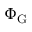
\Phi _ { \mathrm { { G } } }